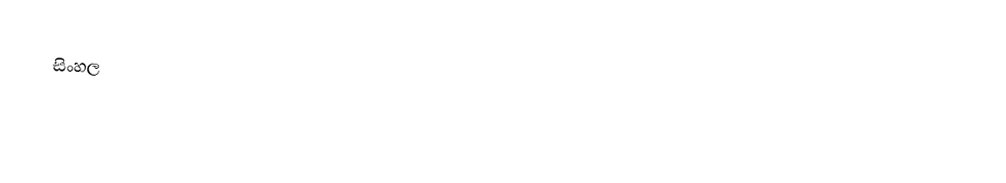
සිංහල